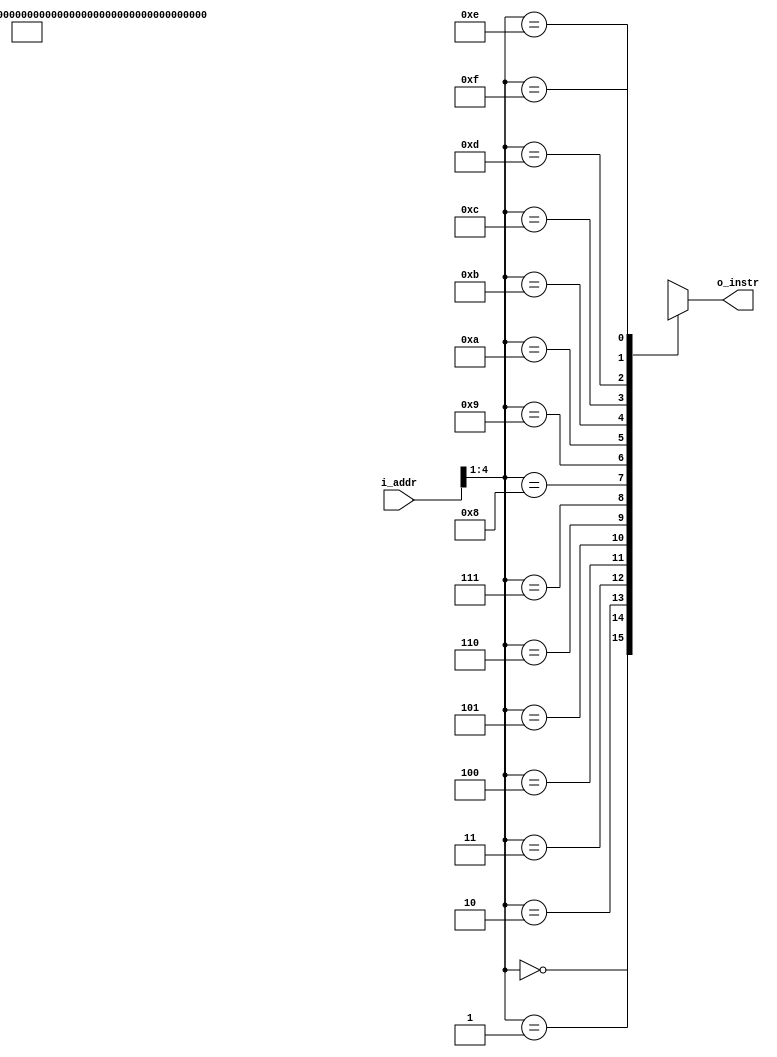
module Z16InstrMemory(i_addr, o_instr);
    input wire [15:0] i_addr;
    output wire [15:0] o_instr;

    wire [15:0] mem[15:0];

    assign o_instr = mem[i_addr[15:1]];

    // 
    assign mem[0] = 16'h0010; // ADD ZR ZR B1    // B1 <- 0
    assign mem[1] = 16'h0119; // ADDI 1 B1       // B1 <- B1 + 1
    assign mem[2] = 16'h0040; // ADD ZR ZR G0    // G0 <- 0
    assign mem[3] = 16'h7A49; // ADDI 122 G0     // G0 <- G0 + 122
    assign mem[4] = 16'h0050; // ADD ZR ZR G1    // G1 <- 0
    assign mem[5] = 16'h7C59; // ADDI 124 G1     // G1 <- G1 + 124
    assign mem[6] = 16'h0070; // ADD ZR ZR G3    // G3 <- 0
    assign mem[7] = 16'hF879; // ADDI -8 G3      // G3 <- -8
    assign mem[8] = 16'h0060; // ADD ZR ZR G2    // G2 <- 0
    assign mem[9] = 16'h0169; // ADDI 1 G2       // G2 <- G2 + 1
    assign mem[10] = 16'h640B; // STORE G2 G0 0   // [LED] <- G2
    assign mem[11] = 16'h052A; // LOAD 0 G1 B2    // B2 <- [Button]
    assign mem[12] = 16'h046E; // BEQ B1 B2 4     // if B1 == B2, then PC <- PC + 4
    assign mem[13] = 16'h070D; // JRL 0 G3 ZR     // PC <- PC + G3
    assign mem[14] = 16'h00FD; // JRL 0 ZR G11
endmodule